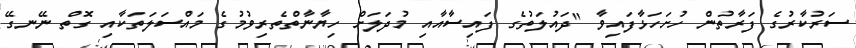
ސަރުކާރުގެ ފަރާތުން ހުށަހަޅާފައިވާ "ދައުލަތުގެ ފައިސާއާއި މުދަލަށް ހިޔާނާތްތެރިވުމުގެ މައްސަލަތަކާއި ގޮތް ނޭނގޭ